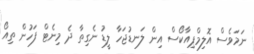
ނަމަވެސް އޮލިމްޕިއާކޯސް އިން ލަނޑުޖަހާ ލީޑު ނެގިތާ ދެ މިނެޓް ފަހުން ތިއޯ